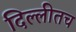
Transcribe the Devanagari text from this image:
दिल्लीतच